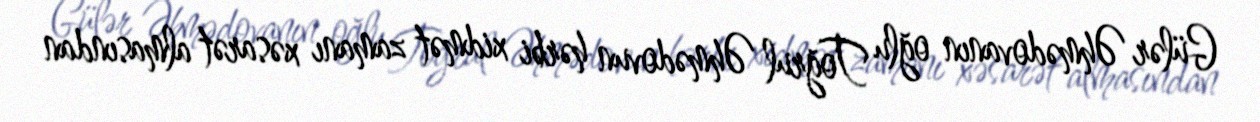
Gülər Əhmədovanın oğlu Toğrul Əhmədovun hərbi xidmət zamanı xəsarət almasından